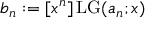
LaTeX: b _ { n } : = [ x ^ { n } ] \operatorname { L G } ( a _ { n } ; x )